65_HS1-834228961_62-HQ-83894_Section_4
Agency: FBI
Page 193
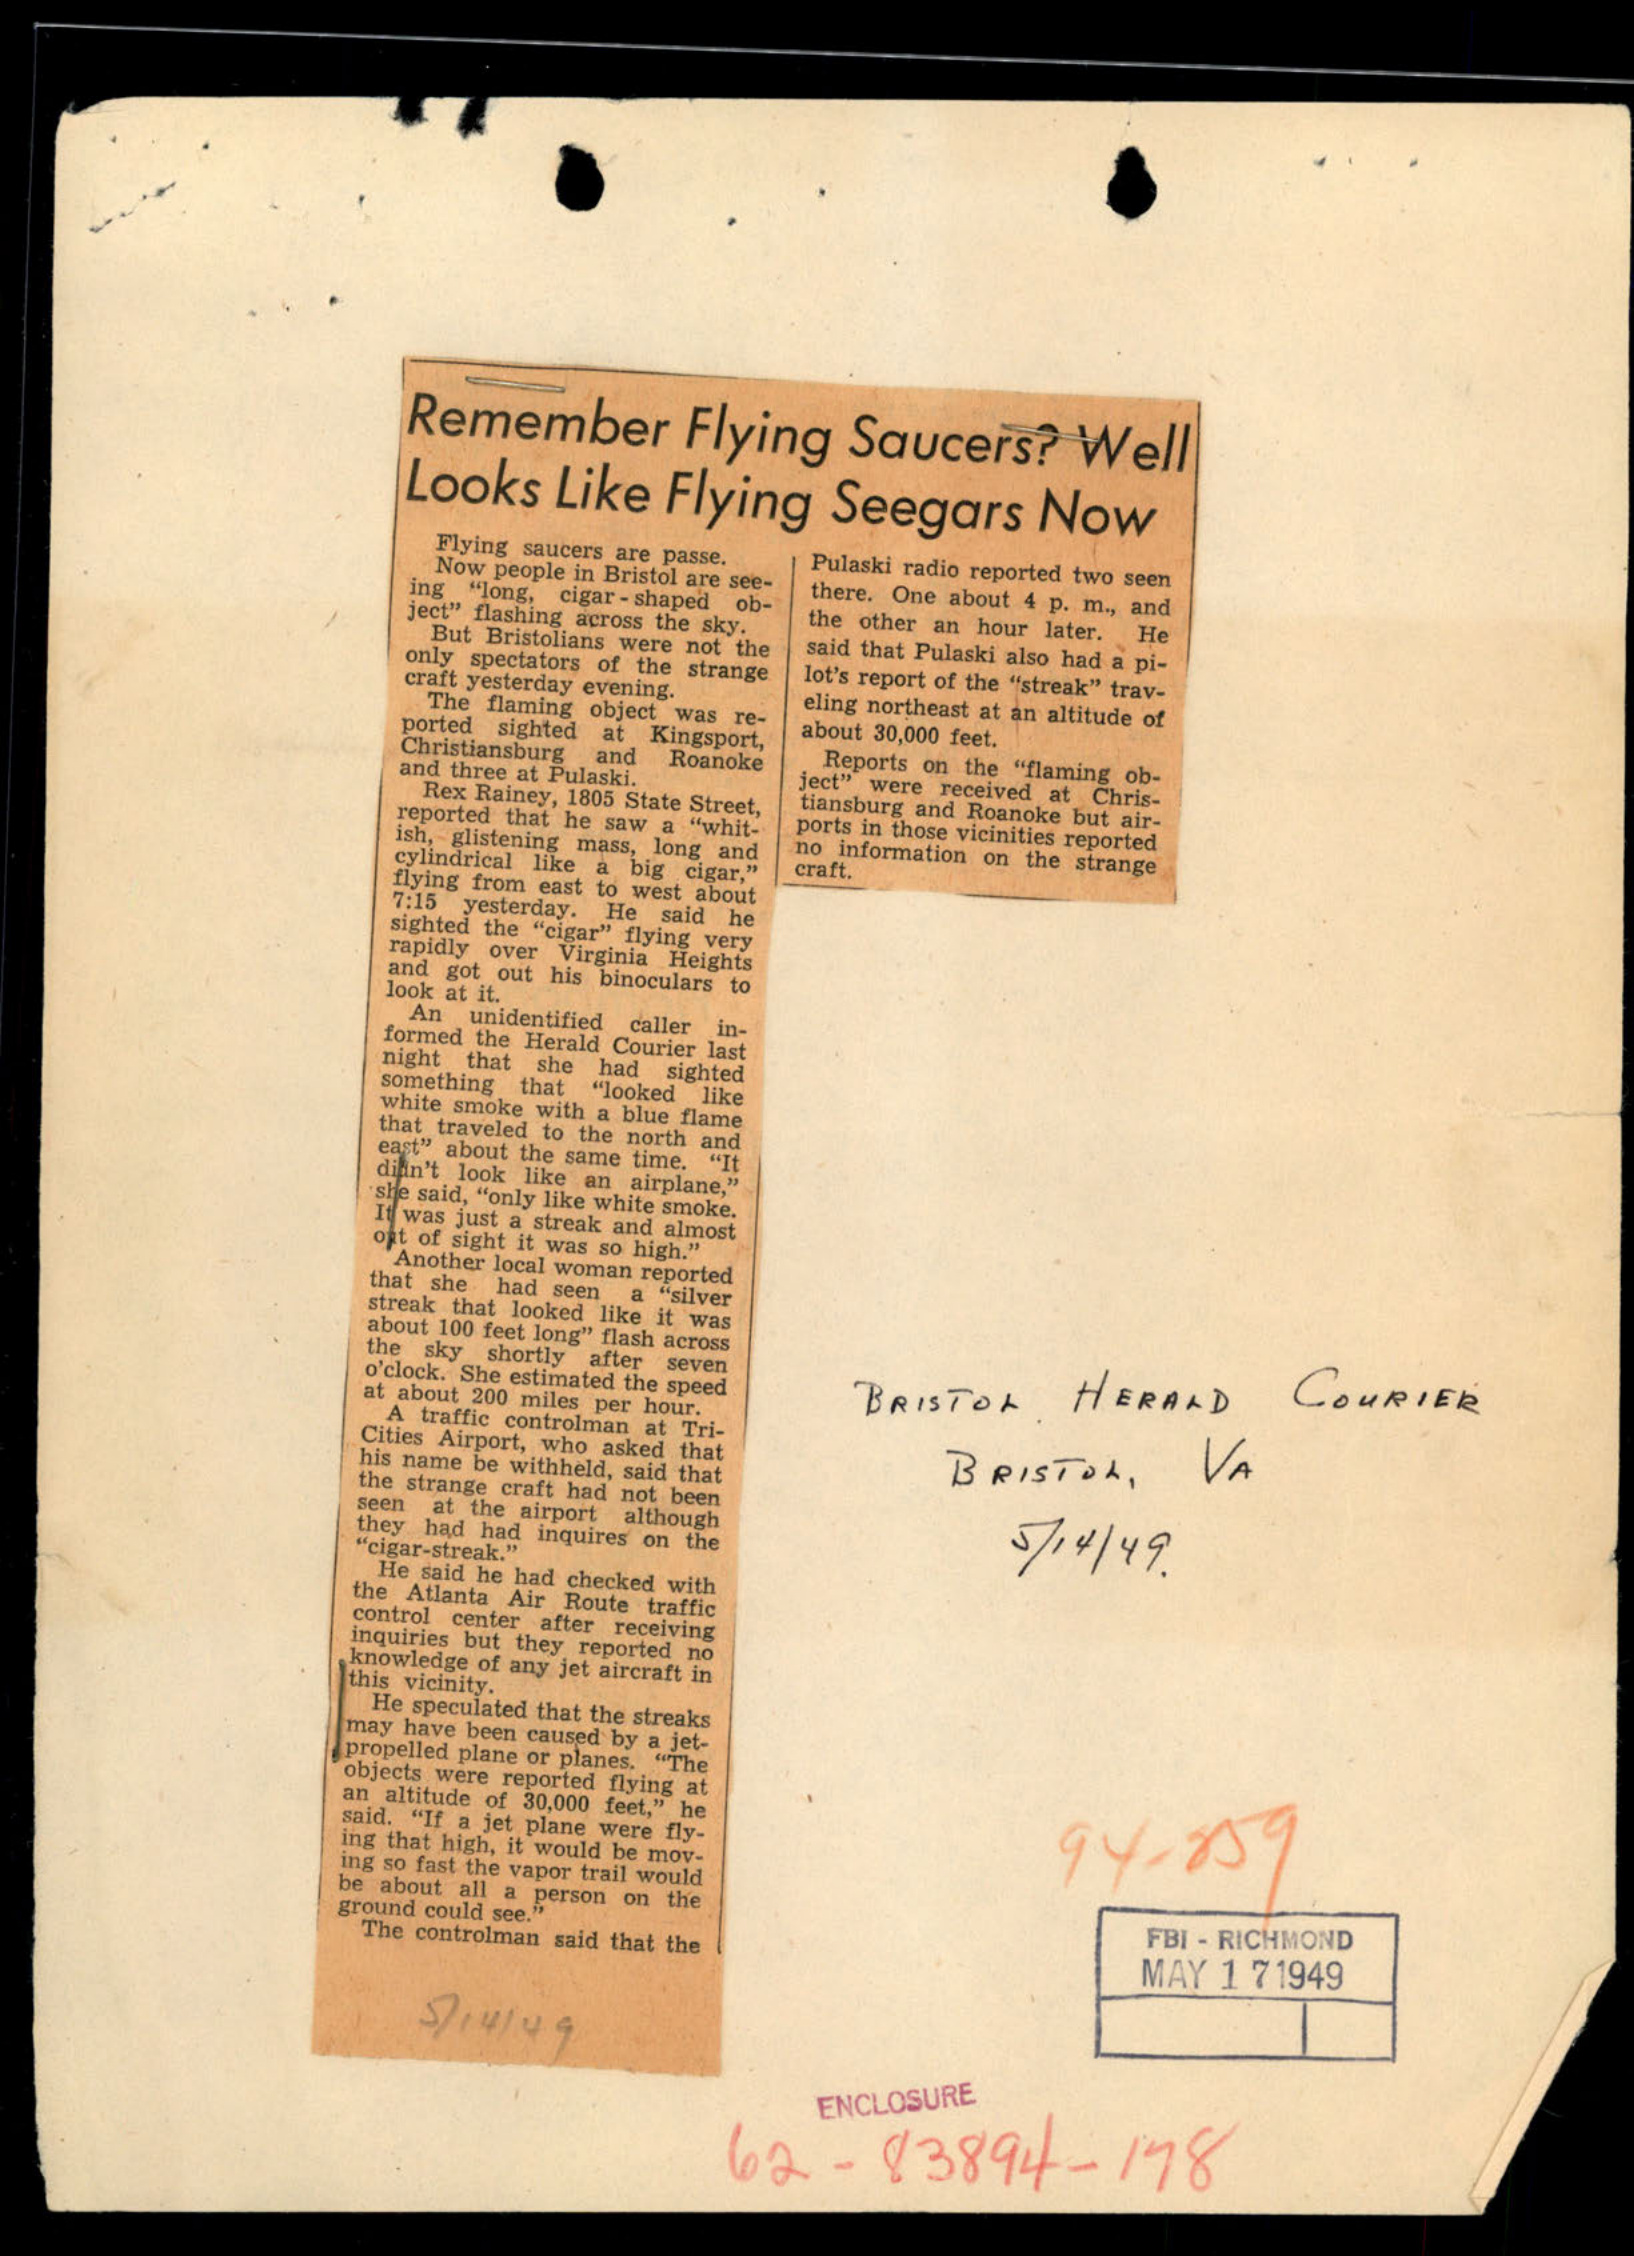